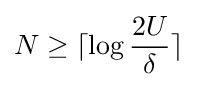
N\geq \lceil \log {\frac {2U}{\delta }}\rceil